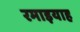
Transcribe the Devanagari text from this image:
रमाइयाह